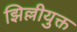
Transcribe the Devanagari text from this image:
झिल्लीयुक्त